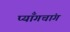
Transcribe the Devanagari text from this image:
प्याँगचांग